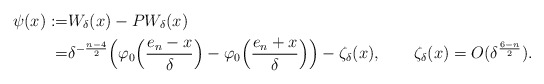
\begin{align*}\psi(x):=&W_{\delta}(x)- PW_{\delta}(x)\\=&\delta^{-\frac{n-4}{2}}\Big(\varphi_0\Big(\frac{e_n-x}{\delta}\Big)-\varphi_0\Big(\frac{e_n+x}{\delta}\Big)\Big)-\zeta_\delta(x),\qquad\zeta_\delta(x)=O(\delta^{\frac{6-n}{2}}). \end{align*}